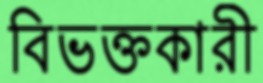
বিভক্তকারী